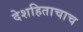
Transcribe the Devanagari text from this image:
देशहिताचाच